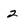
Character: 2